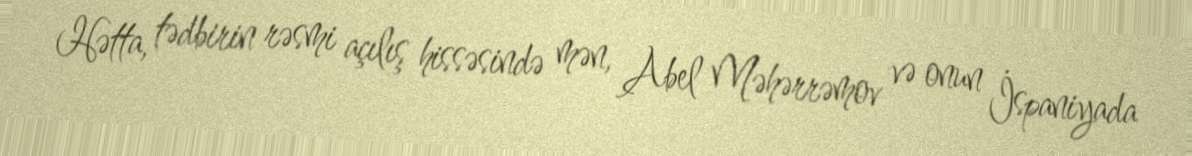
Hətta, tədbirin rəsmi açılış hissəsində mən, Abel Məhərrəmov və onun İspaniyada